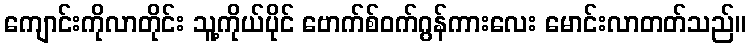
ကျောင်းကိုလာတိုင်း သူ့ကိုယ်ပိုင် ဗောက်စ်ဝက်ဂွန်ကားလေး မောင်းလာတတ်သည်။